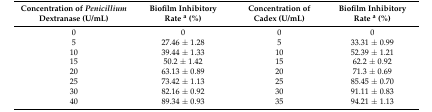
| Concentration of Penicillium Dextranase (U/mL) | Biofilm Inhibitory Rate a (%) | Concentration of Cadex (U/mL) | Biofilm Inhibitory Rate a (%) |
 | --- | --- | --- | --- |
 | 0 | 0 | 0 | 0 |
 | 5 | 27.46 ± 1.28 | 5 | 33.31 ± 0.99 |
 | 10 | 39.44 ± 1.33 | 10 | 52.39 ± 1.21 |
 | 15 | 50.2 ± 1.42 | 15 | 62.2 ± 0.92 |
 | 20 | 63.13 ± 0.89 | 20 | 71.3 ± 0.69 |
 | 25 | 73.42 ± 1.13 | 25 | 85.45 ± 0.70 |
 | 30 | 82.16 ± 0.92 | 30 | 91.11 ± 0.83 |
 | 40 | 89.34 ± 0.93 | 35 | 94.21 ± 1.13 |